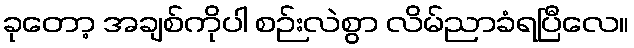
ခုတော့ အချစ်ကိုပါ စဉ်းလဲစွာ လိမ်ညာခံရပြီလေ။